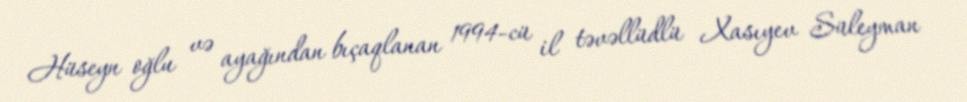
Hüseyn oğlu və ayağından bıçaqlanan 1994-cü il təvəllüdlü Xasıyev Süleyman